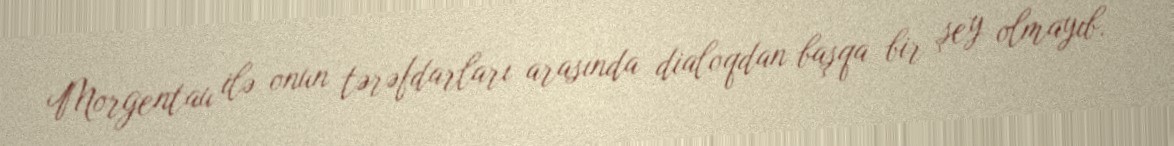
Morgentau ilə onun tərəfdarları arasında dialoqdan başqa bir şey olmayıb.